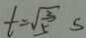
t = \sqrt { \frac { 3 } { 5 } } s